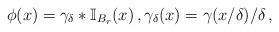
LaTeX: \begin{align*}\phi(x) = \gamma_{\delta} * \mathbb{I}_{B_r}(x) \, , \gamma_{\delta}(x) = \gamma(x/\delta)/\delta \, ,\end{align*}